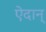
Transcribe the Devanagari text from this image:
ऐदान्